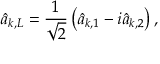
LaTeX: { \hat { a } } _ { { \boldsymbol { k } } , L } = { \frac { 1 } { \sqrt { 2 } } } \left( { \hat { a } } _ { { \boldsymbol { k } } , 1 } - i { \hat { a } } _ { { \boldsymbol { k } } , 2 } \right) ,